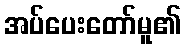
အပ်ပေးတော်မူ၏